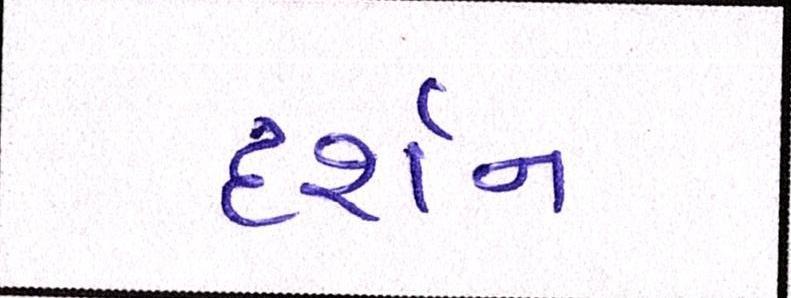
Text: દર્શન